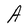
Character: A